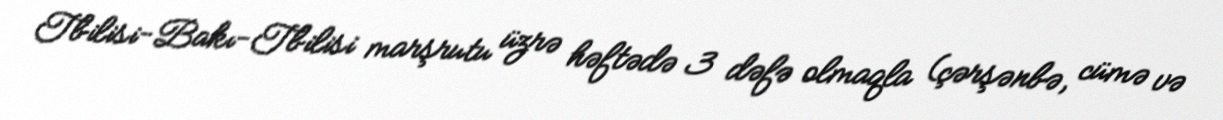
Tbilisi-Bakı-Tbilisi marşrutu üzrə həftədə 3 dəfə olmaqla (çərşənbə, cümə və